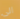
الى